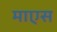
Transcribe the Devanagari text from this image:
माएस